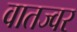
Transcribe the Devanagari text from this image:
वातज्वर